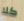
كلا